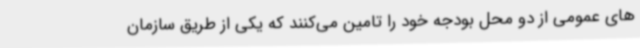
های عمومی از دو محل بودجه خود را تامین می‌کنند که یکی از طریق سازمان